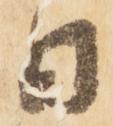
日